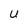
Character: U